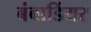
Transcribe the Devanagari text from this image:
बंबार्डियर